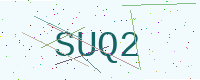
Text: SUQ2